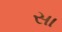
સા